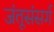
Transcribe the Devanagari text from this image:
जंतूसंसर्ग